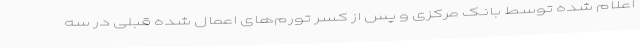
اعلام شده توسط بانک مرکزی و پس از کسر تورم‌های اعمال شده قبلی در سه